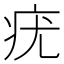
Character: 疣